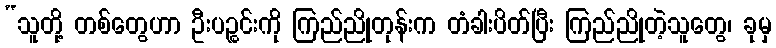
“သူတို့ တစ်တွေဟာ ဦးပဉ္စင်းကို ကြည်ညိုတုန်းက တံခါးပိတ်ပြီး ကြည်ညိုတဲ့သူတွေ၊ ခုမှ